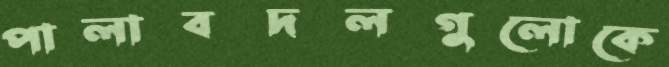
পালাবদলগুলোকে